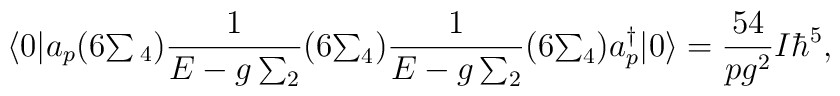
\langle 0 |a_{p}(6{\textstyle \sum{}_{4}}){1 \over E-g\sum_{2}}(6{\textstyle \sum_{4}}){1 \over  E-g\sum_{2}}(6{\textstyle \sum_{4}})a^{\dagger}_{p}|0\rangle ={54 \over pg^{2}}I\hbar^{5},